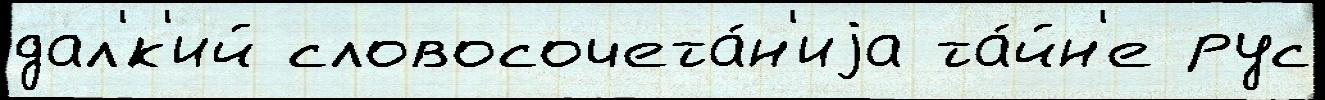
дал'́к'ий словосочета́н'иjа та́йн'е рус